Annual report of lunatic asylums [Bombay] - 1912-1922
Year: 1912
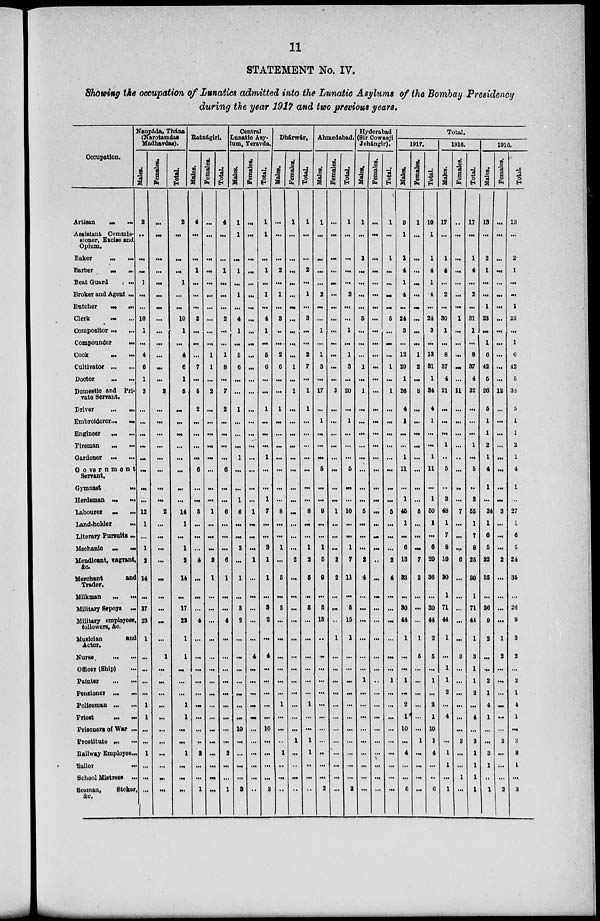
11
STATEMENT No. IV.
Showing the occupation of Lunatics admitted into the Lunatic Asylums of the Bombay Presidency
during the year 1917 and two previous years.
Occupation.
Artisan
...
...
Assistant Commis-
sioner, Excise and
Opium.
Baker
...
...
Barber
...
...
Beat Guard ...
Broker and Agent ...
Butcher
...
...
Clerk ... ...
Compositor ... ...
Compounder
...
Cook
...
...
Cultivator ... ...
Doctor
...
...
Domestic and Pri-
vate Servant.
Driver
...
...
Embroiderer ... ...
Engineer
...
...
Fireman
...
...
Gardener ... ...
Government
Servant.
Gymnast
...
Herdsman ... ...
Labourer
...
...
Land-holder
...
Literary Pursuits ...
Mechanic ... ...
Mendicant, vagrant,
&c.
Merchant
and
Trader.
Milkman
...
...
Military Sepoys ...
Military employees,
followers, &c.
Musician
and
Actor.
Nurse
...
...
Officer (Ship) ...
Painter
...
...
Pensioner ... ...
Policeman ... ...
Priest
...
...
Prisoners of War ...
Prostitute ... ...
Railway Employee ...
Sailor
...
School Mistress ...
Seaman,
Stoker
&c.
Naupáda, Thána
(Narotamdas
Madhavdas).
Males.
2
...
...
...
1
...
...
10
1
...
4
6
1
3
...
...
...
...
...
...
...
...
12
1
...
1
2
14
...
17
23
1
...
...
...
...
1
1
...
...
1
...
...
...
Females.
...
...
...
...
...
...
...
...
...
...
...
...
...
2
...
...
...
...
...
...
...
...
2
...
...
...
...
...
...
...
...
...
1
...
...
...
...
...
...
...
...
...
...
...
Total.
2
...
...
...
1
...
...
10
1
...
4
6
1
5
...
...
...
...
...
...
...
...
14
1
...
1
2
14
...
17
23
1
1
...
...
...
1
1
...
...
1
...
...
...
Ratnágiri.
Males.
4
...
...
1
...
...
...
2
...
...
...
7
...
5
2
...
...
...
...
6
...
...
5
...
...
...
4
...
...
...
4
...
...
...
...
...
...
...
...
...
2
...
...
1
Females.
...
...
...
...
...
...
...
...
...
...
1
1
...
2
...
...
...
...
...
...
...
...
1
...
...
...
2
1
...
...
...
...
...
...
...
...
...
...
...
...
...
...
...
...
Total.
4
...
...
1
...
...
...
2
...
...
1
8
...
7
2
...
...
...
...
6
...
...
6
...
...
...
6
1
...
...
4
...
...
...
...
...
...
...
...
...
2
...
...
1
Central
Lunatic Asy-
um, Yeravda.
Males.
1
1
...
1
...
1
...
4
1
...
5
6
...
...
1
...
...
...
1
...
...
1
6
...
...
3
...
1
...
3
2
...
...
...
...
...
...
...
10
...
...
...
...
3
Females.
...
...
...
...
...
...
...
...
...
...
...
...
...
...
...
...
...
...
...
...
...
...
1
...
...
...
1
...
...
...
...
...
4
...
...
...
...
...
...
...
...
...
...
...
Total.
1
1
...
1
...
1
...
4
1
...
5
6
...
...
1
...
...
...
1
...
...
1
7
...
...
3
1
1
...
3
2
...
4
...
...
...
...
...
10
...
...
...
...
3
Dhárwár.
Males.
...
...
...
2
...
1
...
3
...
...
2
6
...
...
1
...
...
...
...
...
...
...
8
...
...
1
...
5
...
5
...
...
...
...
...
...
1
...
...
...
1
..
...
...
Females.
1
...
...
...
...
...
...
...
...
...
...
1
...
1
...
...
...
...
...
...
...
...
...
...
...
...
2
...
...
...
...
...
...
...
...
...
...
...
...
1
...
...
...
...
Total.
1
...
...
2
...
1
...
3
...
...
2
7
...
1
1
...
...
...
...
...
...
...
8
...
...
1
2
5
...
5
...
...
...
...
...
...
1
...
...
1
1
...
...
...
Ahmedabad.
Males.
1
...
...
...
...
2
...
...
1
...
1
3
...
17
...
1
...
...
...
5
...
...
9
...
...
1
5
9
...
5
15
...
...
...
...
...
...
...
...
...
...
...
...
2
Females.
...
...
...
...
...
...
...
...
...
...
...
...
...
3
...
...
...
...
...
...
...
...
1
...
...
...
2
2
...
...
...
1
...
...
...
...
...
...
...
...
...
...
...
...
Total.
1
...
...
...
...
2
...
...
1
...
1
3
...
20
...
1
...
...
...
5
...
...
10
...
...
1
7
11
...
5
15
1
...
...
...
...
...
...
...
...
...
...
...
2
Hyderabad
(Sir Cowasji
Jehángir).
Males.
1
...
1
...
...
...
...
5
...
...
...
1
...
1
...
...
...
...
...
...
...
...
5
...
...
...
2
4
...
...
...
...
...
...
1
...
...
...
...
...
...
...
...
...
Females.
...
...
...
...
...
...
...
...
...
...
...
...
...
...
...
...
...
...
...
...
...
...
...
...
...
...
...
...
...
...
...
...
...
...
...
...
...
...
...
...
...
...
...
...
Total.
1
...
1
...
...
...
...
5
...
...
...
1
...
1
...
...
...
...
...
...
...
...
5
...
...
...
2
4
...
...
...
...
...
...
1
...
...
...
...
...
...
...
...
...
Total.
1917.
Males.
9
1
1
4
1
4
...
24
3
...
12
29
1
26
4
1
...
...
1
11
...
1
46
1
...
6
13
33
...
30
44
1
...
...
1
...
2
1
10
...
4
...
...
6
Females.
1
...
...
...
...
...
...
...
...
...
1
2
...
8
...
...
...
...
...
...
...
...
5
...
...
...
7
3
...
...
...
1
5
...
...
...
...
...
...
1
...
...
...
...
Total.
10
1
1
4
1
4
...
24
3
...
13
31
1
34
4
1
...
...
1
11
...
1
50
1
...
6
20
36
...
30
44
2
5
...
1
...
2
1
10
1
4
...
...
6
1916.
Males.
17
...
1
4
...
2
...
30
1
...
8
37
4
21
...
...
...
1
...
5
...
3
48
1
7
8
19
30
1
71
44
1
...
1
1
2
...
4
...
...
1
1
...
1
Females.
...
...
...
...
...
...
1
...
...
...
...
...
11
...
...
...
...
...
...
...
...
7
...
...
...
6
...
...
...
...
...
3
...
...
...
...
...
...
3
...
...
1
...
Total.
17
...
1
4
...
2
...
31
1
...
8
37
4
32
...
...
...
1
...
5
..
3
55
1
7
8
25
30
1
71
44
1
3
1
1
2
...
4
...
3
1
1
1
1
1915.
Males.
13
...
2
1
...
...
1
23
...
1
6
42
5
26
5
1
1
2
1
4
1
...
24
1
6
5
22
35
...
26
9
2
...
...
2
1
4
1
...
...
3
1
...
1
Females.
...
...
...
...
...
...
...
...
...
...
...
...
...
12
...
...
...
...
...
...
...
...
3
...
...
...
2
...
...
...
...
1
2
...
...
...
...
...
...
2
...
...
...
2
Total.
13
...
2
1
...
...
1
23
...
1
6
42
5
38
5
1
1
2
1
4
1
...
27
1
6
5
24
35
...
26
9
3
2
...
2
1
4
1
...
2
3
1
...
3